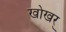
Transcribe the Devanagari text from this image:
खोखर्